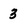
Character: 3